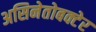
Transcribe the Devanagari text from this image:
असिनेतोबक्टेर